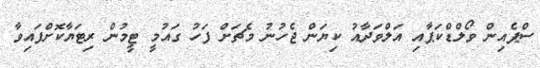
ސްޕެއިން ވޯލްޑްކަޕާއި އަލްވަދާއު ކިޔަން ޖެހުނު މެޗަށް ފަހު ގައުމީ ޓީމުން ރިޓަޔާކޮށްފައިވާ